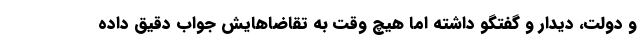
و دولت، دیدار و گفتگو داشته اما هیچ وقت به تقاضاهایش جواب دقیق داده